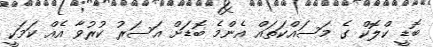
ބޮޑީ ކްލޮކް ގެ މަސައްކަތައް އެންމެ ބޮޑަށް އަސަރު ކުރުވާ އެއް ކަމަކީ